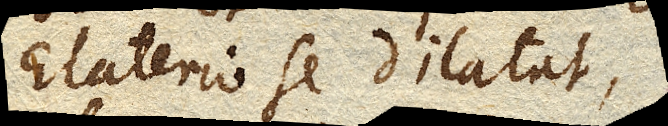
Elaterio se dilatat,